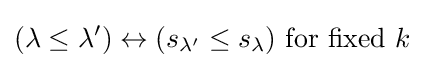
(\lambda \leq \lambda ')\leftrightarrow (s_{\lambda '}\leq s_{\lambda }){\text{ for fixed }}k